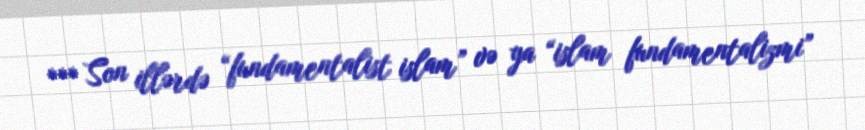
*** Son illərdə “fundamentalist islam” və ya “islam fundamentalizmi”